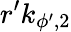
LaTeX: r^{\prime}k_{\phi^{\prime},2}